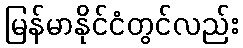
မြန်မာနိုင်ငံတွင်လည်း